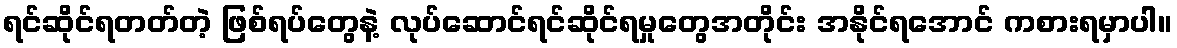
ရင်ဆိုင်ရတတ်တဲ့ ဖြစ်ရပ်တွေနဲ့ လုပ်ဆောင်ရင်ဆိုင်ရမှုတွေအတိုင်း အနိုင်ရအောင် ကစားရမှာပါ။